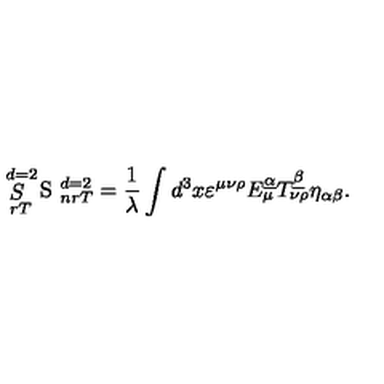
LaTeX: \mathop { S } _ { \ r T } ^ { \ d = 2 } \mathrm { \LARGE \sl S } _ { \ n r T } ^ { \ d = 2 } = { \frac { 1 } { \lambda } } \int d ^ { 3 } x \varepsilon ^ { \mu \nu \rho } E _ { \mu } ^ { \underline { { \alpha } } } T _ { \nu \rho } ^ { \underline { { \beta } } } \eta _ { \alpha \beta } .